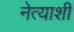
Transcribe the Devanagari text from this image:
नेत्याशी